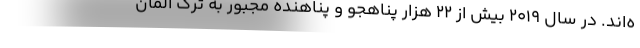
ه‌اند. در سال 2019 بیش از 22 هزار پناهجو و پناهنده مجبور به ترک آلمان